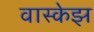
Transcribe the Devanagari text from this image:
वास्केझ